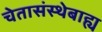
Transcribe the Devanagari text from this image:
चेतासंस्थेबाह्य